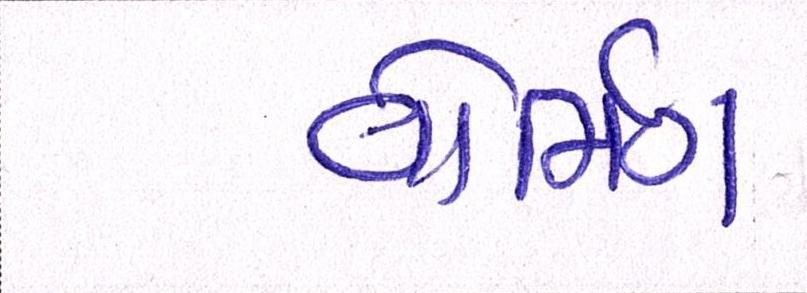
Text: વોર્મિંગ